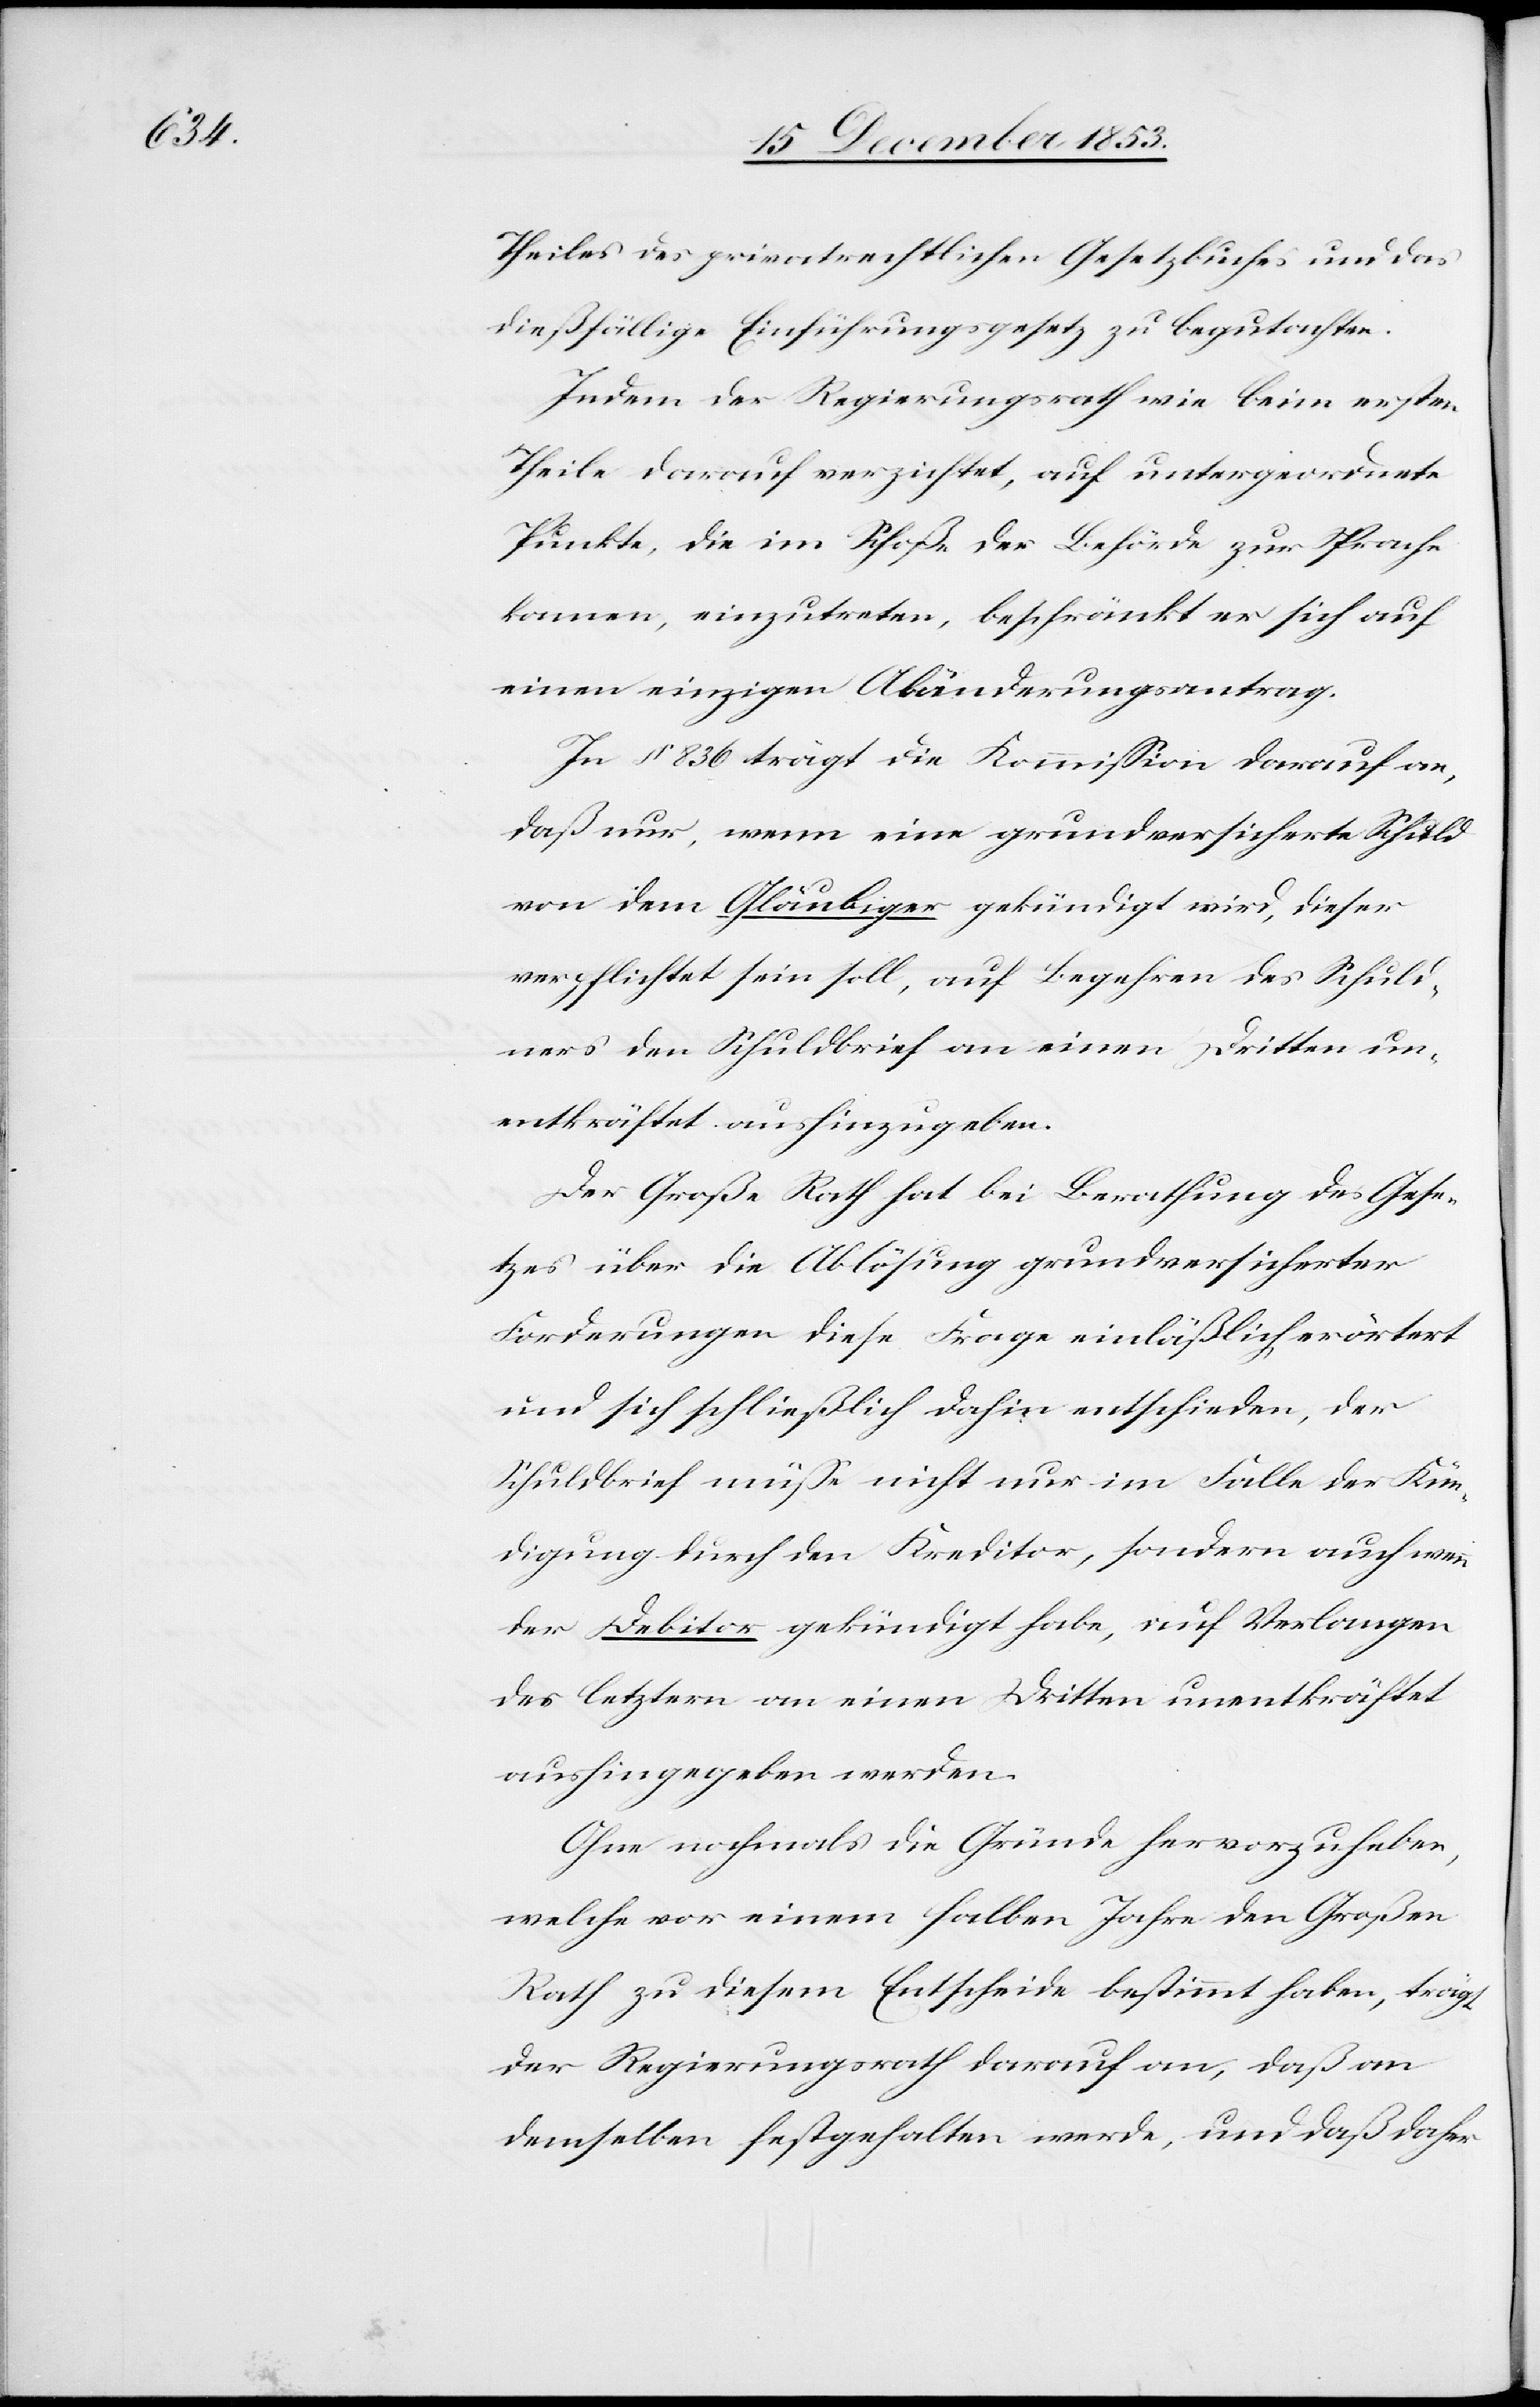
Theiles des privatrechtlichen Gesetzesbuches und das
dießfällige Einführungsgesetz zu begutachten.
Indem der Regierungsrath wie beim ersten
Theile darauf verzichtet, auf untergeordnete
Punkte, die im Schoße der Behörde zur Sprache
kommen, einzutreten, beschränkt er sich auf
einen einzigen Abänderungsantrag.
In § 836 trägt die Kommißion darauf an,
daß nur, wenn eine grundversicherte Schuld
von dem Gläubiger gekündigt wird, dieser
verpflichtet sein soll, auf Begehren des Schuld¬
ners den Schuldbrief an einen Dritten un¬
entkräftet aushinzugeben.
Der Große Rath hat bei Berathung des Gese¬
tzes über die Ablösung grundversicherter
Forderungen diese Frage einläßlich erörtert
und sich schließlich dahin entschieden, der
Schuldbrief müße nicht nur im Falle der Kün¬
digung durch den Kreditor, sondern auch wenn
der Debitor gekündigt habe, auf Verlangen
des letztern an einen Dritten unentkräftet
aushingegeben werden.
Ohne nochmals die Gründe hervorzuheben,
welche vor einem halben Jahr den Großen
Rath zu diesem Entscheide bestimmt haben, trägt
der Regierungsrath darauf an, daß an
demselben festgehalten werde, und daß daher